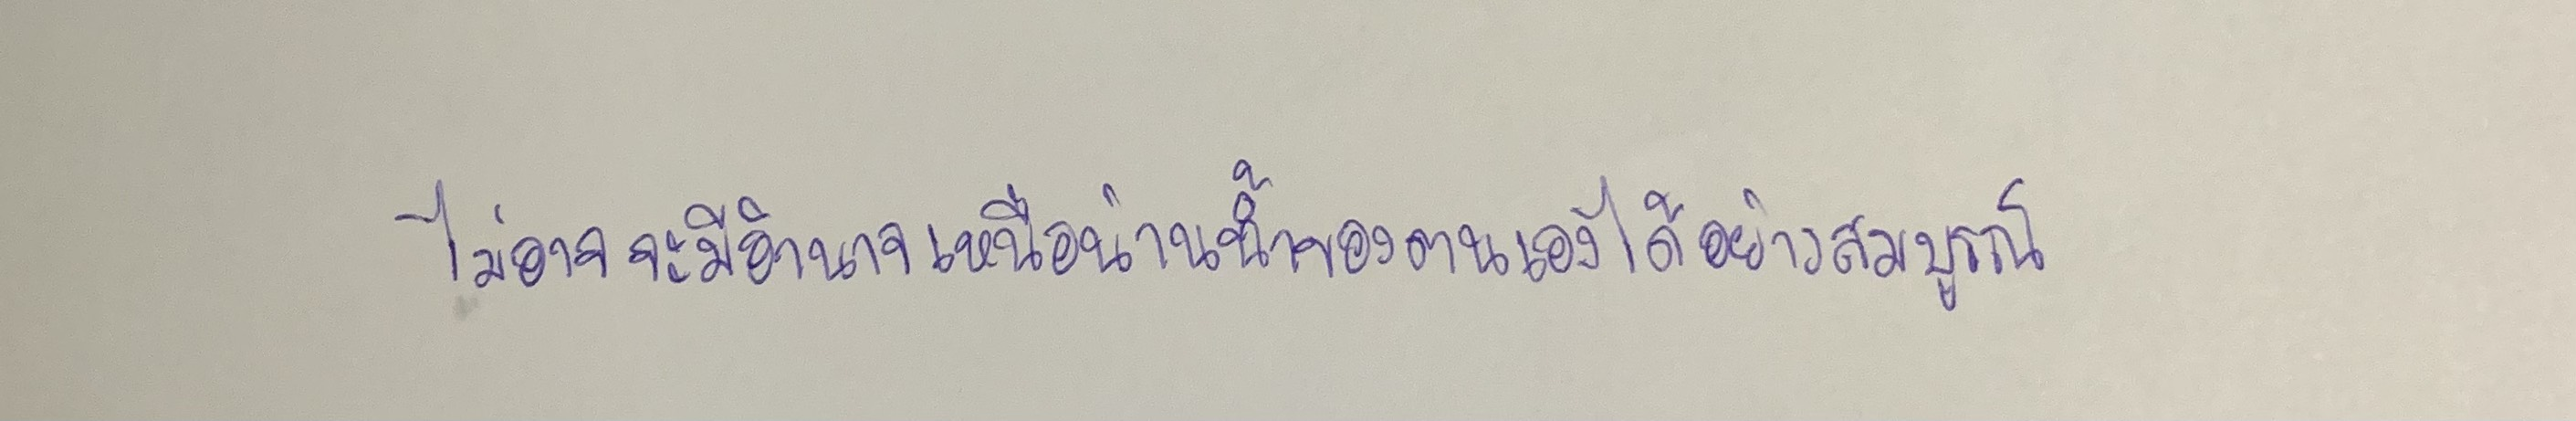
ไม่อาจจะมีอำนาจเหนือน่านน้ำของตนเองได้อย่างสมบูรณ์